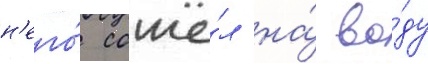
н'его́ сошё́л на́ во́ду